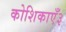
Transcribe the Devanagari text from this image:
कोशिकाएँ३